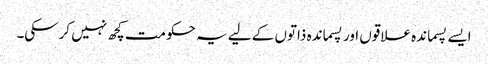
ایسے پسماندہ علاقوں اور پسماندہ ذاتوں کے لیے یہ حکومت کچھ نہیں کرسکی۔